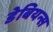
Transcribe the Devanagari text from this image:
डेबियन्स